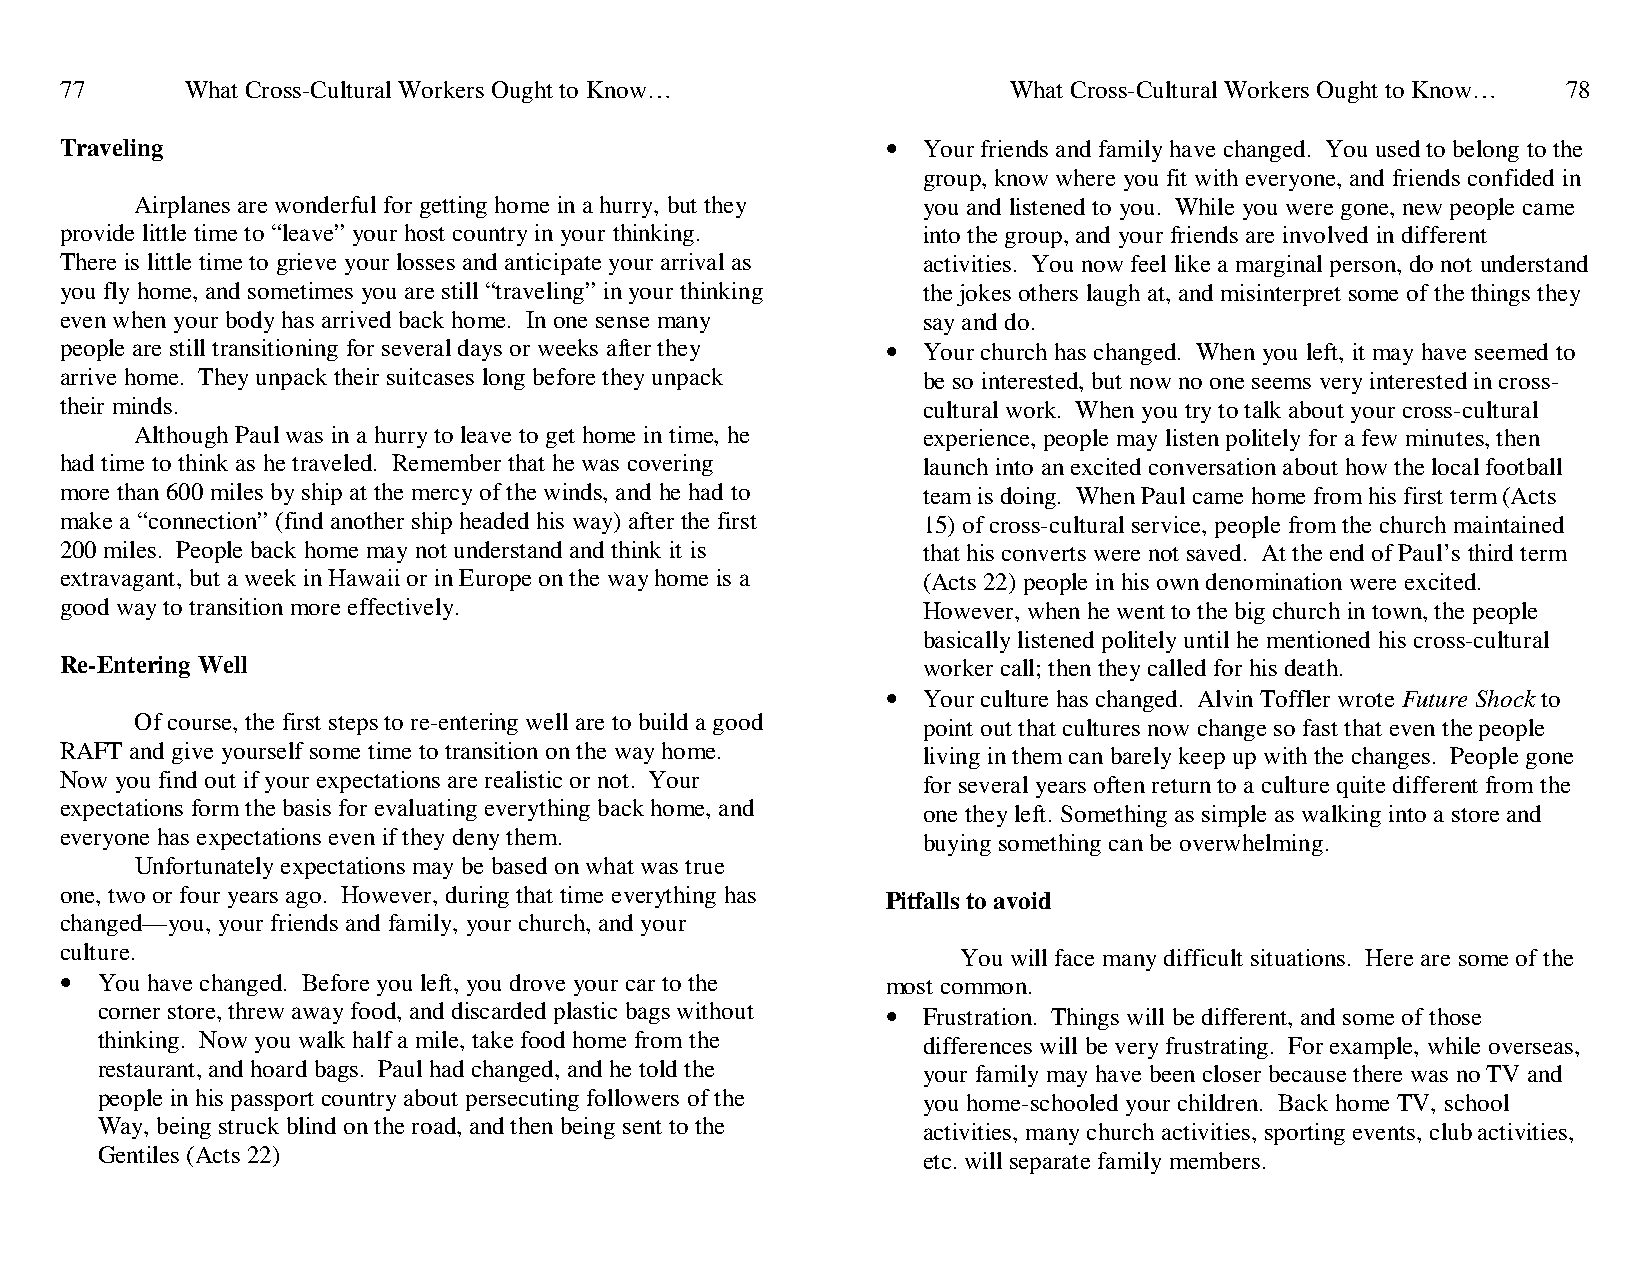
77      What Cross-Cultural Workers Ought to Know…             What Cross-Cultural Workers Ought to Know… 78
 Traveling                                              • Your friends and family have changed. You used to belong to the
 group, know where you fit with everyone, and friends confided in
 Airplanes are wonderful for getting home in a hurry, but they you and listened to you. While you were gone, new people came
 provide little time to “leave” your host country in your thinking. into the group, and your friends are involved in different
 There is little time to grieve your losses and anticipate your arrival as activities. You now feel like a marginal person, do not understand
 you fly home, and sometimes you are still “traveling” in your thinking the jokes others laugh at, and misinterpret some of the things they
 even when your body has arrived back home. In one sense many say and do.
 people are still transitioning for several days or weeks after they • Your church has changed. When you left, it may have seemed to
 arrive home. They unpack their suitcases long before they unpack be so interested, but now no one seems very interested in cross-
 their minds.                                             cultural work. When you try to talk about your cross-cultural
 Although Paul was in a hurry to leave to get home in time, he experience, people may listen politely for a few minutes, then
 had time to think as he traveled. Remember that he was covering launch into an excited conversation about how the local football
 more than 600 miles by ship at the mercy of the winds, and he had to team is doing. When Paul came home from his first term (Acts
 make a “connection” (find another ship headed his way) after the first 15) of cross-cultural service, people from the church maintained
 200 miles. People back home may not understand and think it is that his converts were not saved. At the end of Paul’s third term
 extravagant, but a week in Hawaii or in Europe on the way home is a (Acts 22) people in his own denomination were excited.
 good way to transition more effectively.                 However, when he went to the big church in town, the people
 basically listened politely until he mentioned his cross-cultural
 Re-Entering Well                                         worker call; then they called for his death.
 • Your culture has changed. Alvin Toffler wrote Future Shock to
 Of course, the first steps to re-entering well are to build a good point out that cultures now change so fast that even the people
 RAFT and give yourself some time to transition on the way home. living in them can barely keep up with the changes. People gone
 Now you find out if your expectations are realistic or not. Your for several years often return to a culture quite different from the
 expectations form the basis for evaluating everything back home, and one they left. Something as simple as walking into a store and
 everyone has expectations even if they deny them.        buying something can be overwhelming.
 Unfortunately expectations may be based on what was true
 one, two or four years ago. However, during that time everything has Pitfalls to avoid
 changed—you, your friends and family, your church, and your
 culture.                                                    You will face many difficult situations. Here are some of the
 • You have changed. Before you left, you drove your car to the most common.
 corner store, threw away food, and discarded plastic bags without • Frustration. Things will be different, and some of those
 thinking. Now you walk half a mile, take food home from the differences will be very frustrating. For example, while overseas,
 restaurant, and hoard bags. Paul had changed, and he told the your family may have been closer because there was no TV and
 people in his passport country about persecuting followers of the you home-schooled your children. Back home TV, school
 Way, being struck blind on the road, and then being sent to the activities, many church activities, sporting events, club activities,
 Gentiles (Acts 22)                                     etc. will separate family members.